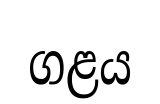
ගළය